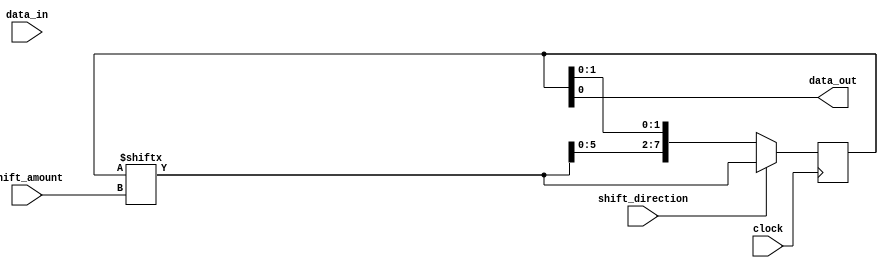
module shift_register (
    input wire data_in,
    input wire clock,
    input wire shift_direction,
    input wire [2:0] shift_amount,
    output reg data_out
);

reg [7:0] register;

always @(posedge clock) begin
    if (shift_direction == 1'b0) begin // shift right
        register <= {register[7:shift_amount], register[shift_amount - 1:0]};
    end else begin // shift left
        register <= {register[shift_amount - 1:0], register[7:shift_amount]};
    end
end

assign data_out = register[0];

endmodule